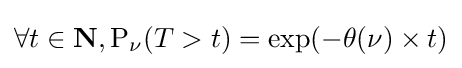
\forall t\in \mathbf {N} ,\operatorname {P} _{\nu }(T>t)=\exp(-\theta (\nu )\times t)